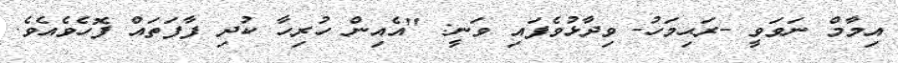
އިމާމް ނަވަވީ -ރަޙިމަހު- ވިދާޅުވެފައި ވަނީ: ''އެއިން ހުރިހާ ކުދި ފާފަތައް ފޮހެވެއެވެ.